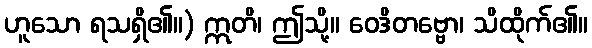
ဟူသော ရသရှိ၏။) ဣတိ၊ ဤသို့။ ဝေဒိတဗ္ဗော၊ သိထိုက်၏။